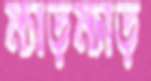
ম্যাড়ম্যাড়